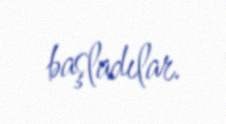
başladılar.